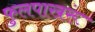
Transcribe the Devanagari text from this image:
फुलपाखरूं